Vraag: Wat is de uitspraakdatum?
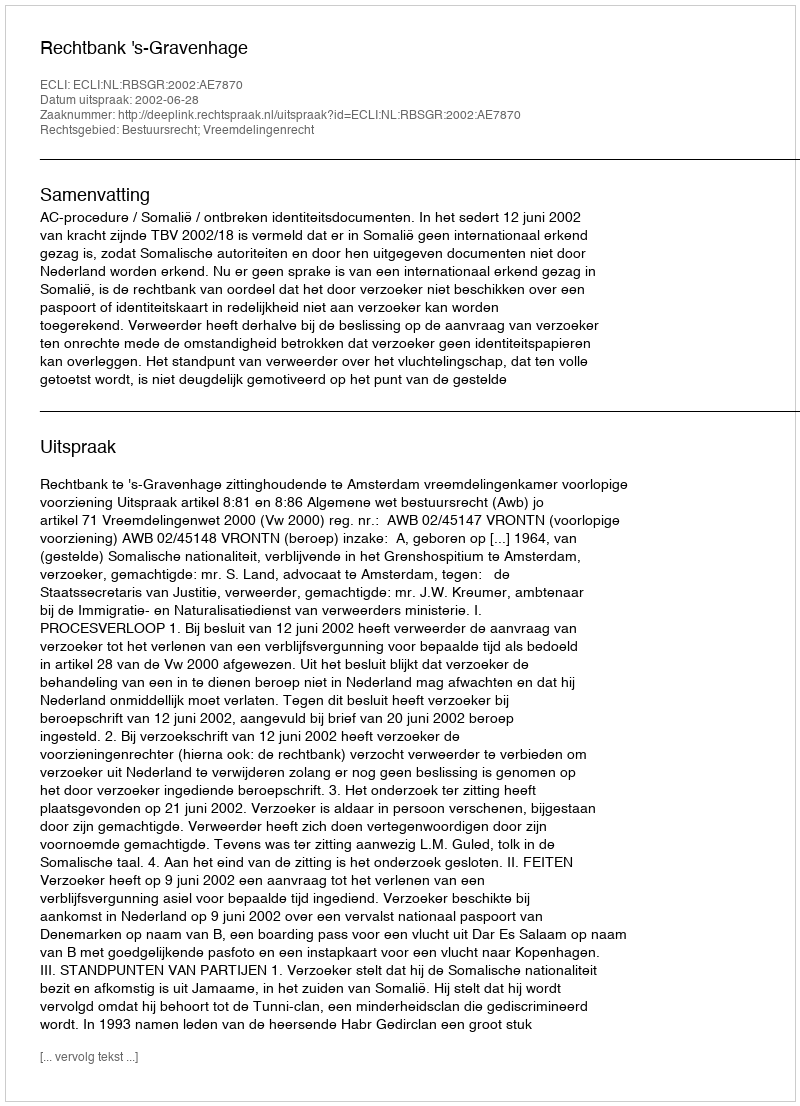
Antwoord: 2002-06-28